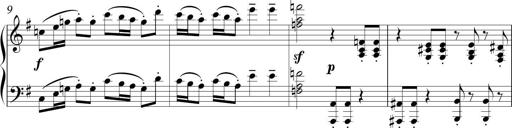
Title: Sonatina in E minor
Composer: Shuwen Zhang
Key: E minor